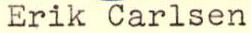
Erik Carlsen